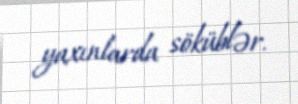
yaxınlarda söküblər.